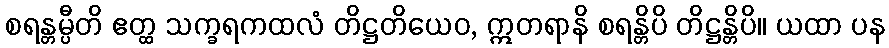
စရန္တမ္ပီတိ ဧတ္ထ သက္ခရကထလံ တိဋ္ဌတိယေဝ, ဣတရာနိ စရန္တိပိ တိဋ္ဌန္တိပိ။ ယထာ ပန